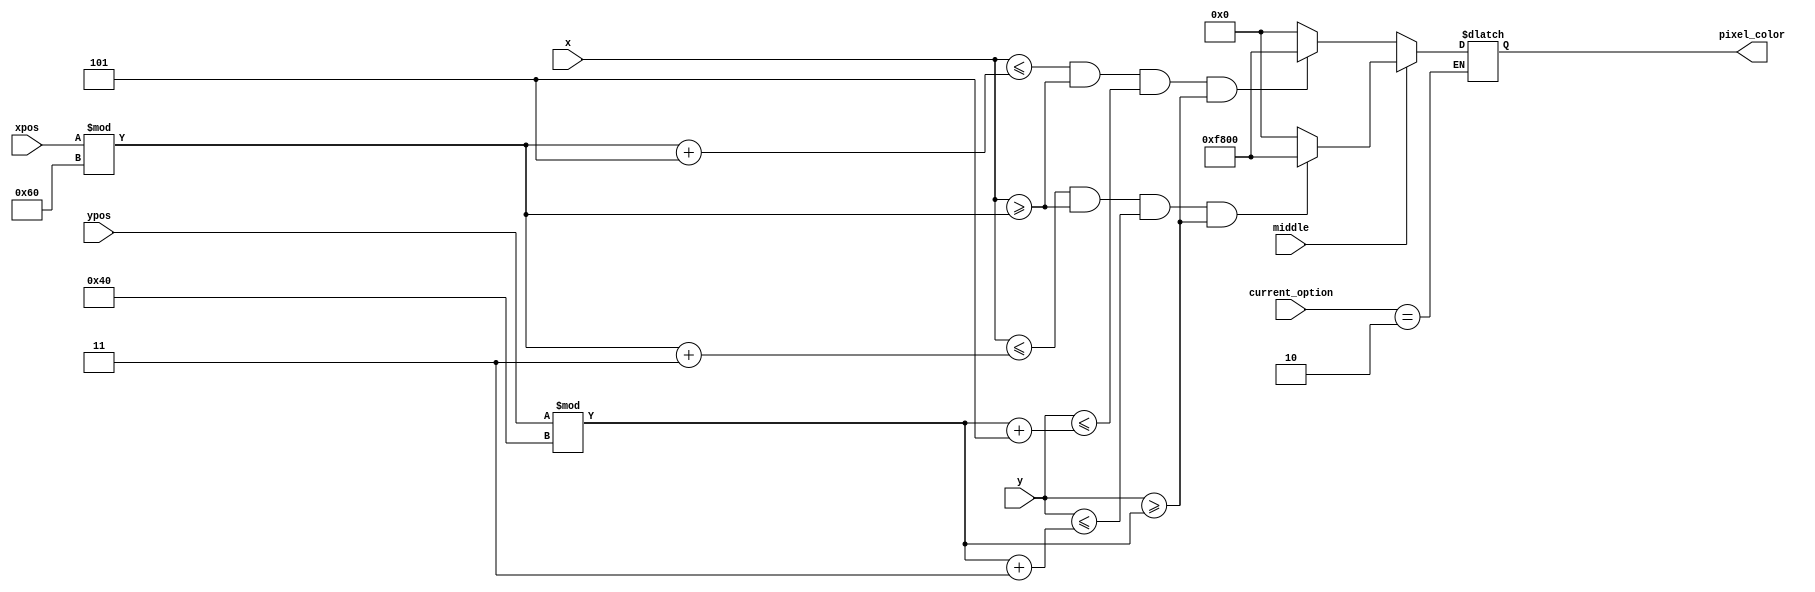
`timescale 1ns / 1ps
//////////////////////////////////////////////////////////////////////////////////
// Company: 
// Engineer: 
// 
// Design Name: 
// Module Name: mouse_task
// Project Name: 
// Target Devices: 
// Tool Versions: 
// Description: 
// 
// Dependencies: 
// 
// Revision:
// Revision 0.01 - File Created
// Additional Comments:
// 
//////////////////////////////////////////////////////////////////////////////////


module mouse_task (input [7:0] x, y, input middle, input [11:0] xpos, input [11:0] ypos, input [2:0] current_option, output reg [15:0] pixel_color);
    /*Part b*/
    parameter [15:0] red = 16'hF800;
    parameter [15:0] black = 16'h0000;
    
    wire cursor1, cursor2;
    assign cursor1 = ((x>40 && x<51 && y>30 && y<35));
    assign cursor2 = ((x>30 && x<55 && y>25 && y<40));
  
    always @ (*) begin
       if (current_option == 2) begin
           if (middle)
               pixel_color = ( x <= ((xpos%96) + 3) && x >= (xpos%96) && (y <= (ypos%64) + 3) && y >= (ypos%64))? red : black;
           else
               pixel_color = ( x <= ((xpos%96) + 5) && x >= (xpos%96) && (y <= (ypos%64) + 5) && y >= (ypos%64))? red : black;
       end
    end
endmodule